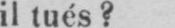
il tués?